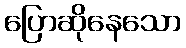
ပြောဆိုနေသော